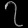
Digit: ၇